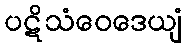
ပဋိသံဝေဒေယျံ